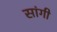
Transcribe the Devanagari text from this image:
सांगी